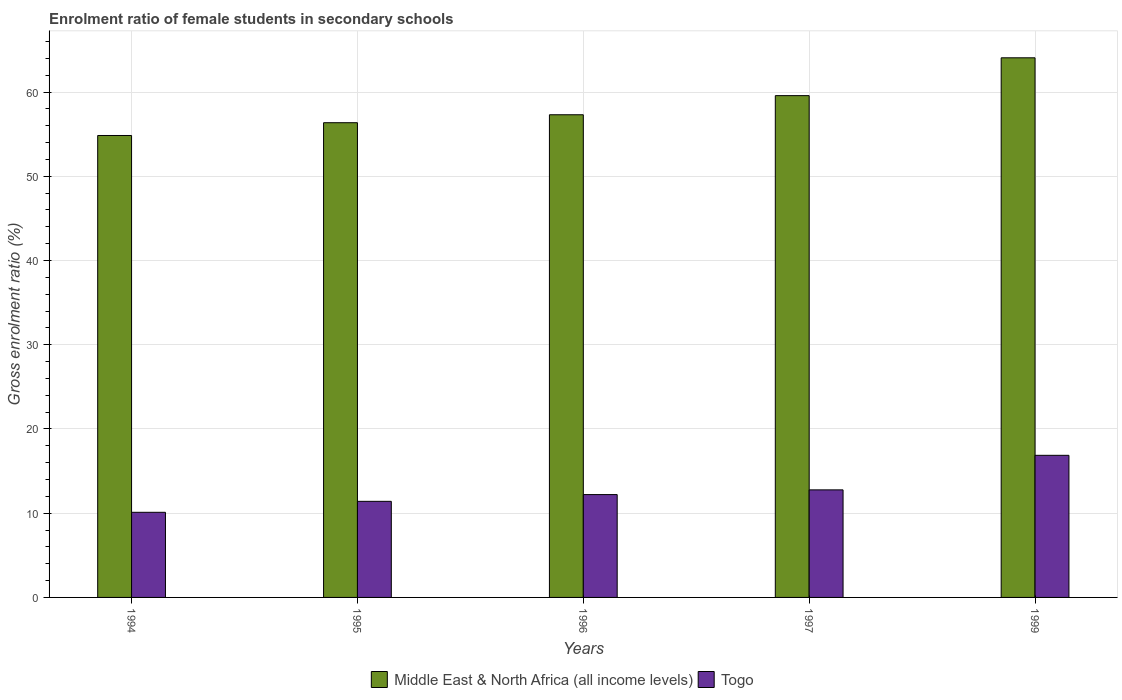
| Years | Middle East & North Africa (all income levels) | Togo |
 | --- | --- | --- |
 | 1994 | 54.8 | 10.1 |
 | 1995 | 56.4 | 11.4 |
 | 1996 | 57.3 | 12.2 |
 | 1997 | 59.6 | 12.8 |
 | 1999 | 64.1 | 16.9 |